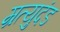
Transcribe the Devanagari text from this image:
म्रत्युदंड